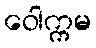
ဝေါက္ကမ